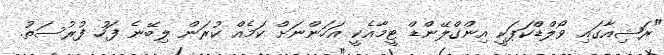
"ރަޝިއާގައި ވޯލްޑްކަޕަކީ އިންގްލޭންޑް ޓީމާއެކީ އަހަންނަށް ކަމެއް ކުރަން ލިބޭނެ ފަހު ފުރުސަތު.